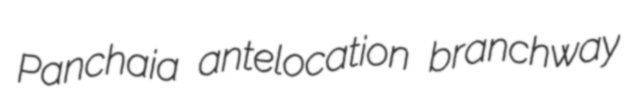
Panchaia antelocation branchway